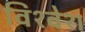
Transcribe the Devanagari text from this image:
विश्‍वेश